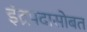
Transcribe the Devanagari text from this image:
इंद्रपदासोबत